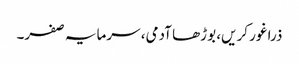
ذرا غور کریں، بوڑھا آدمی، سرمایہ صفر۔